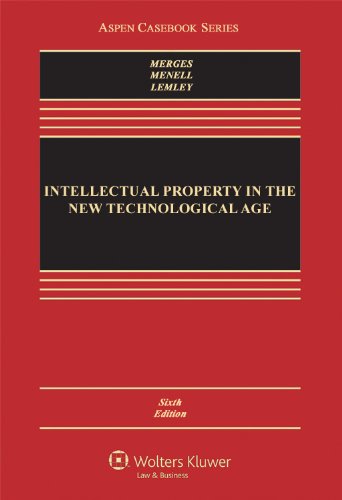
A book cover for Intellectual Property in the New Technological Age, Sixth Edition (Aspen Casebook Series); Robert P. Merges; Law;